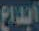
ابداع